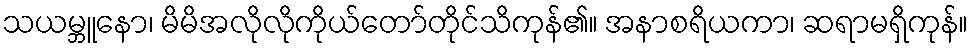
သယမ္ဘူနော၊ မိမိအလိုလိုကိုယ်တော်တိုင်သိကုန်၏။ အနာစရိယကာ၊ ဆရာမရှိကုန်။